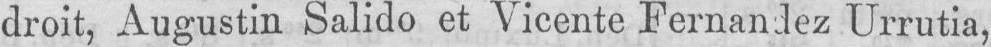
droit, Augustin Salido et Vicente Fernandez Urrutia,